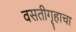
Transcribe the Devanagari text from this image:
वसतीगृहाचा